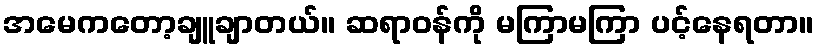
အမေကတော့ချူချာတယ်။ ဆရာဝန်ကို မကြာမကြာ ပင့်နေရတာ။